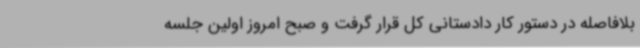
بلافاصله در دستور کار دادستانی کل قرار گرفت و صبح امروز اولین جلسه